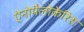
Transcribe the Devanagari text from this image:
ऐनोमैलोकेरिस